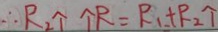
\therefore R _ { 2 } \uparrow \uparrow R = R _ { 1 } + R _ { 2 } \uparrow